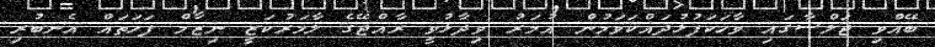
ބޭއްވި ޖަލްސާގައި ވާހަކަފުޅުދައްކަވަމުން އުމަރު ވިދާޅުވީ ރާއްޖޭގެ ލާމަރުކަޒީ ނިޒާމް ފަހަތައް އެނބުރި